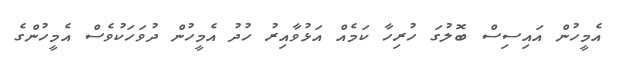
އެމީހުން އައިސިސް ބޮލުގަ ހުރިހާ ކަމެއް އަޅުވާއިރު ހުދު އެމީހުން ދުވަހަކުވެސް އެމީހުންގެ